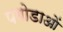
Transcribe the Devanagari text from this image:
पगोडाओं